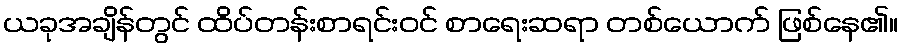
ယခုအချိန်တွင် ထိပ်တန်းစာရင်းဝင် စာရေးဆရာ တစ်ယောက် ဖြစ်နေ၏။